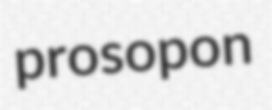
prosopon